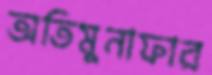
অতিমুনাফার